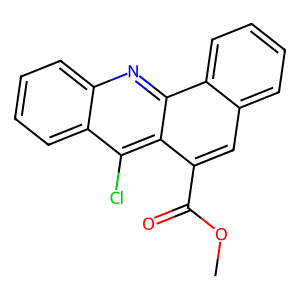
SMILES: COC(=O)c1cc2ccccc2c2nc3ccccc3c(Cl)c12
Inhibits HIV replication: No